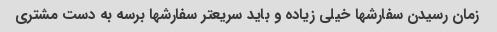
زمان رسیدن سفارشها خیلی زیاده و باید سریعتر سفارشها برسه به دست مشتری